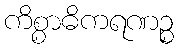
ကိစ္စာဓိကရဏဉ္စ